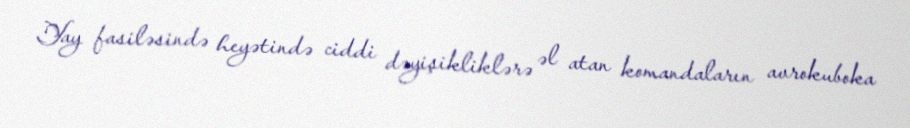
Yay fasiləsində heyətində ciddi dəyişikliklərə əl atan komandaların avrokuboka